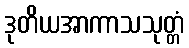
ဒုတိယအာကာသသုတ္တံ